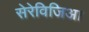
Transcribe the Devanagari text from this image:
सेरेविजिआ